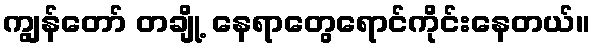
ကျွန်တော် တချို့ နေရာတွေရောင်ကိုင်းနေတယ်။